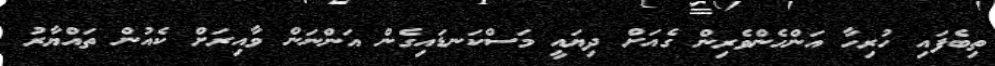
ތިބެފައި ހުރިހާ އަންހެންވެރިން ގެއަށް ދިޔައީ މަސްކަނޑައިގެން އަންނަން ވާއިރަށް ކެއުން ތައްޔާރު